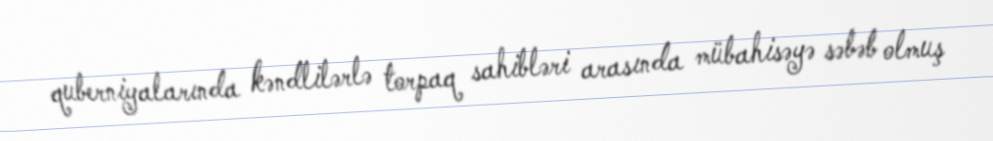
quberniyalarında kəndlilərlə torpaq sahibləri arasında mübahisəyə səbəb olmuş